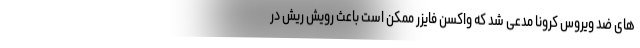
های ضد ویروس کرونا مدعی شد که واکسن فایزر ممکن است باعث رویش ریش در